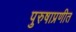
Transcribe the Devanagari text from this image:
पुरुषाप्रणीत